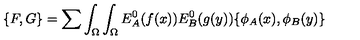
\{ F , G \} = \sum \int _ { \Omega } \int _ { \Omega } E _ { A } ^ { 0 } ( f ( x ) ) E _ { B } ^ { 0 } ( g ( y ) ) \{ \phi _ { A } ( x ) , \phi _ { B } ( y ) \}